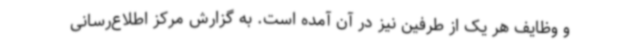
و وظایف هر یک از طرفین نیز در آن آمده است. به گزارش مرکز اطلاع‌رسانی